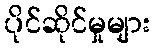
ပိုင်ဆိုင်မှုများ